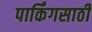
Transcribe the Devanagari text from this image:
पार्किंगसाठी